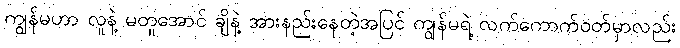
ကျွန်မဟာ လူနဲ့ မတူအောင် ချိနဲ့ အားနည်းနေတဲ့အပြင် ကျွန်မရဲ့ လက်ကောက်ဝတ်မှာလည်း